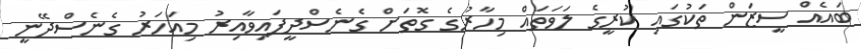
ބައެއް ސީޒަން ތަކުގައި ކުރީގެ ލަވަތައް މިހާރުގެ ގޮތަށް ގެނެސްދީފައިވާއިރު މިއަހަރު ގެނެސްދޭނީ